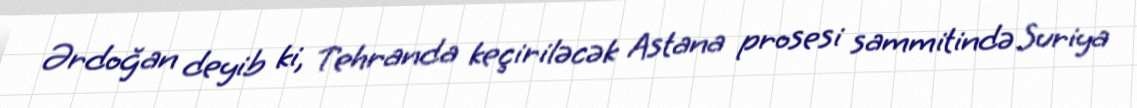
Ərdoğan deyib ki, Tehranda keçiriləcək Astana prosesi sammitində Suriya